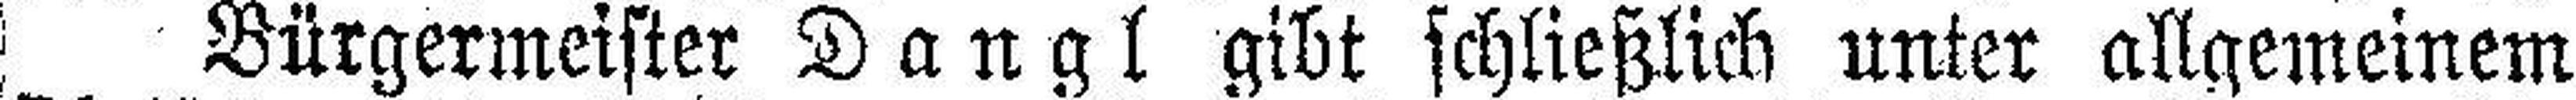
Bürgermeister Dangl gibt schließlich unter allgemeinem